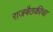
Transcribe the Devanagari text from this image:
राजबैठकीचा